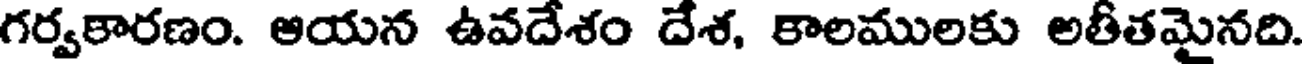
గర్వకారణం. ఆయన ఉవదేశం దేశ, కాలములకు అతీతమైనది.